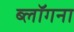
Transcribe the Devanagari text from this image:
ब्लॉगना